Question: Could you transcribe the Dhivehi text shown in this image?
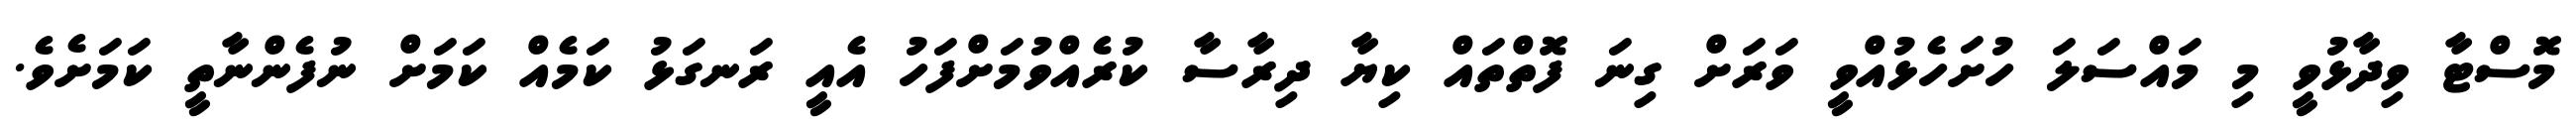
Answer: މޮސްޓާ ވިދާޅުވީ މި މައްސަލަ ހުށަހެޅުއްވީ ވަރަށް ގިނަ ފޮތްތައް ކިޔާ ދިރާސާ ކުރެއްވުމަށްފަހު އެއީ ރަނގަޅު ކަމެއް ކަމަށް ނުފެންނާތީ ކަމަށެވެ.